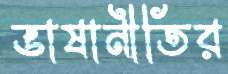
ভাষানীতির